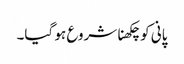
پانی کو چکھنا شروع ہو گیا۔